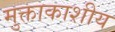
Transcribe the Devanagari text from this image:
मुक्ताकाशीय